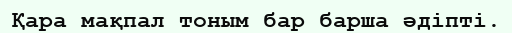
Қара мақпал тоным бар барша әдіпті.